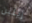
إيلين